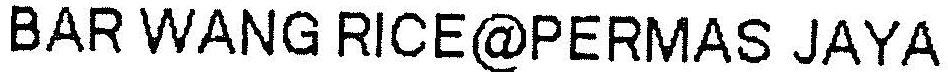
BAR WANG RICE@PERMAS JAYA